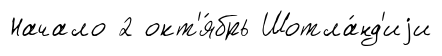
Начало 2 окт'я́брь Шотла́нд'иjи